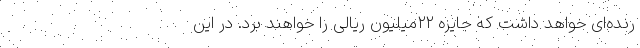
رنده‌ای خواهد داشت که جایزه ۲۲میلیون ریالی را خواهند برد. در این